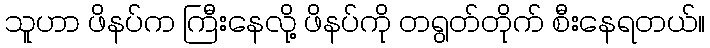
သူဟာ ဖိနပ်က ကြီးနေလို့ ဖိနပ်ကို တရွတ်တိုက် စီးနေရတယ်။